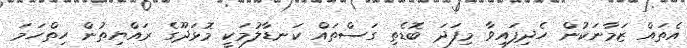
އެތައް ޒަމާނަކުން ހެދިފައިވާ މިފަދަ ބޮޑެތި ގަސްތައް ކަނޑާލުމަކީ މޮޅަދޫގެ ރައްޔިތުން ހިތްހަމަ